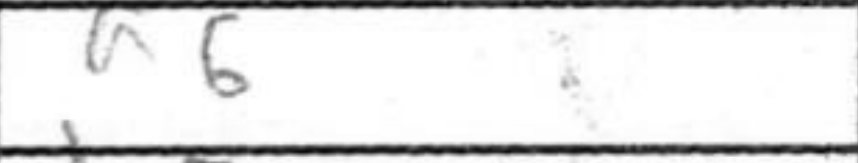
Transcription: a6